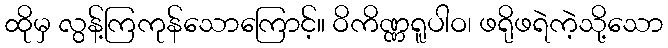
ထိုမှ လွန့်ကြကုန်သောကြောင့်။ ဝိကိဏ္ဏရူပါဝ၊ ဖရိုဖရဲကဲ့သို့သော